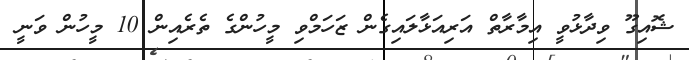
ޝޮއިގޫ ވިދާޅުވީ އިމާރާތް އަރިއަޅާލައިގެން ޒަހަމްވި މީހުންގެ ތެރެއިން 10 މީހުން ވަނީ